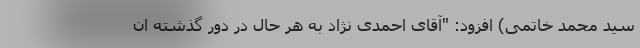
سید محمد خاتمی) افزود: "آقای احمدی نژاد به هر حال در دور گذشته ان